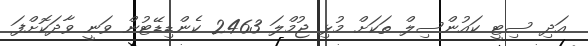
އަދި ސިޓީ ކައުންސިލް ތަކަށް މުޅި ޖުމްލަ 2463 ކެންޑިޑޭޓުން ވަނީ ވާދަކޮށްފަ